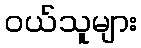
ဝယ်သူများ